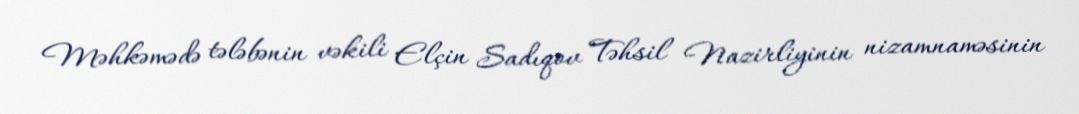
Məhkəmədə tələbənin vəkili Elçin Sadıqov Təhsil Nazirliyinin nizamnaməsinin